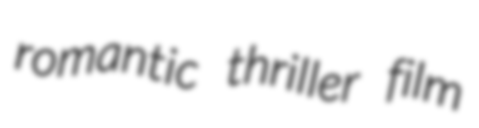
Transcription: romantic thriller film